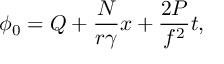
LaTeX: \phi _ { 0 } = Q + \frac { N } { r { \gamma } } x + { \frac { 2 P } { f ^ { 2 } } } t ,